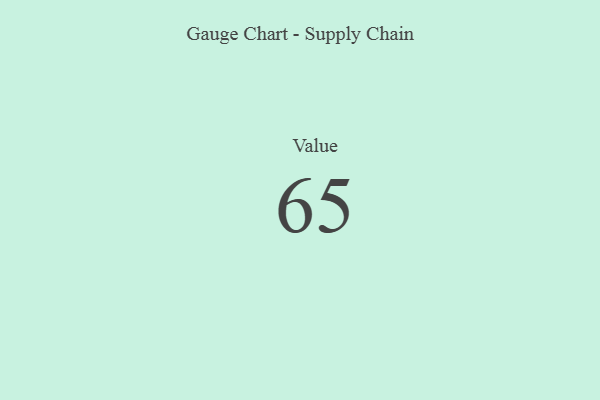
{"axis": {"x": "Metric", "y": "Value"}, "legend": [""], "data": [{"x": "Value", "y": 65, "type": ""}]}